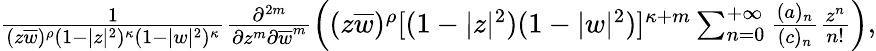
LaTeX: \begin{array}{r}{\frac{1}{(z\overline{{w}})^{\rho}(1-|z|^{2})^{\kappa}(1-|w|^{2})^{\kappa}}\frac{\partial^{2m}}{\partial z^{m}\partial\overline{{w}}^{m}}\left((z\overline{{w}})^{\rho}[(1-|z|^{2})(1-|w|^{2})]^{\kappa+m}\sum_{n=0}^{+\infty}\frac{(a)_{n}}{(c)_{n}}\frac{z^{n}}{n!}\right),}\end{array}